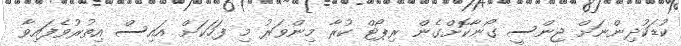
ކުޑަކުދިންނަށް ޖިންސީ ގޯނާކޮށްގެން ރިޕޯޓް ކުރާ މިންވަރު މި ފަހަކަށް އައިސް އިތުރުވެފައިވާ